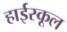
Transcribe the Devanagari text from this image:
हार्इस्कूल